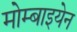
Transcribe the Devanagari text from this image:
मोम्बाइयेन